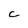
Character: C